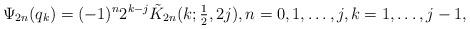
LaTeX: \begin{align*}\Psi_{2n} ( q_{k}) = (-1)^n 2^{k-j} \tilde K_{2n}(k;\textstyle{\frac12},2j), n = 0,1, \ldots ,j,k = 1, \ldots ,j - 1,\end{align*}